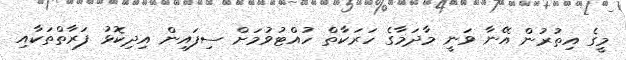
މީގެ އިތުރުން އޭނާ ވަނީ މާދަމާގެ ހަރަކާތް ހުއްޓުވުމަށް ސިފައިން އިދިކޮޅު ފަރާތްތަކާއި